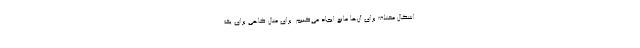
اشکال مختلف برای آن‌ها مانع ایجاد می‌کنیم. برای مثال گاهی برای یک